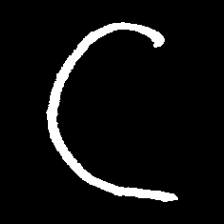
Pyu character \u2014 Myanmar letter: ဋ (romanized: tta)